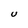
Character: U